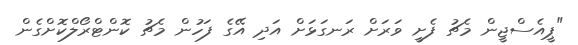
"ޕީއެސްޖީން މެޗު ފެށީ ވަރަށް ރަނގަޅަށް އަދި އޭގެ ފަހުން މެޗު ކޮންޓްރޯލްކޮށްގެން